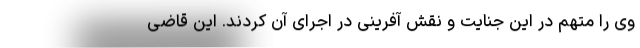
وی را متهم در این جنایت و نقش آفرینی در اجرای آن کردند. این قاضی